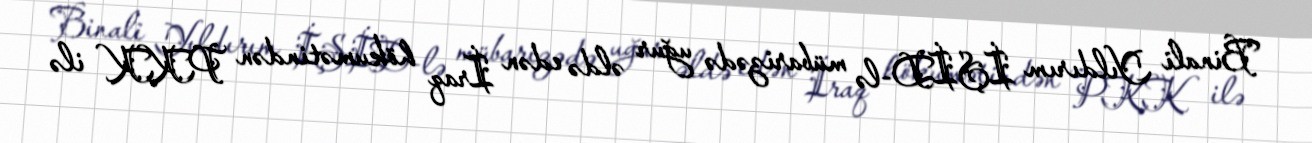
Binali Yıldırım İŞİD-lə mübarizədə uğur əldə edən İraq hökumətindən PKK ilə